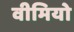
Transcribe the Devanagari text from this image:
वीमियो